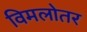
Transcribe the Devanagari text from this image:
विमलोतर